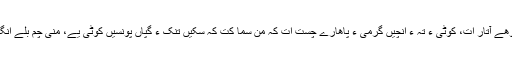
کوٹی ءِ تہ ءَ اجبیں هون ءُ گوشت ءُ گند ءُ گسڑی بوهے آتار ات، کوٹی ءِ تہ ءَ انچیں گرمی ءُ پاهارے چست ات کہ من سما کت کہ سکیں تنک ءُ گپّاں پونسیں کوٹی یے، منی چم بلے انگت بستگ ات اَنت ءُ دست چہ سانکلاں پتاتگ اتنت۔